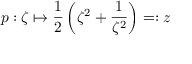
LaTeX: p : \zeta \mapsto \frac { 1 } { 2 } \left( \zeta ^ { 2 } + \frac { 1 } { \zeta ^ { 2 } } \right) = : z